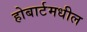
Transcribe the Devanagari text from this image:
होबार्टमधील